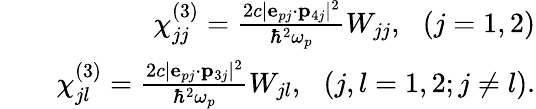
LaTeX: \begin{array}{rlr}&{}&{\chi_{jj}^{(3)}=\frac{2c|{\mathbf e}_{pj}\cdot\mathbf{p}_{4j}|^{2}}{\hbar^{2}\omega_{p}}W_{jj},\, \, \, \, (j=1,2)}\\ &{}&{\chi_{jl}^{(3)}=\frac{2c|{\mathbf e}_{pj}\cdot\mathbf{p}_{3j}|^{2}}{\hbar^{2}\omega_{p}}W_{jl},\, \, \, \, (j,l=1,2;j\neq l).}\end{array}